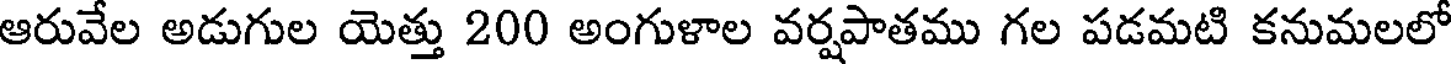
ఆరువేల అడుగుల యెత్తు 200 అంగుళాల వర్షపాతము గల పడమటి కనుమలలో